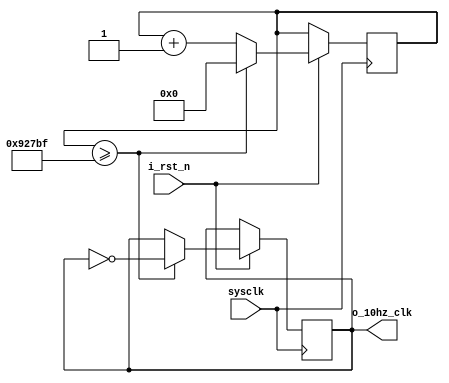
module prescaler_10hz(
    input sysclk,
    input i_rst_n,
    output o_10hz_clk
    );

    reg [31:0] counter = 0;
    reg r_10hz_clk = 0;

    always @(posedge sysclk or negedge i_rst_n) begin
        if(!i_rst_n)begin
            couter<=0;
        end
        else begin
            if (counter >= 600000-1) begin 
                counter <=0;
                r_10hz_clk <= ~r_10hz_clk;
            end
            else begin
                counter <= counter + 1;
            end
        end
    end

    assign o_10hz_clk = r_10hz_clk;

endmodule